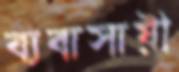
ব্যবাসায়ী